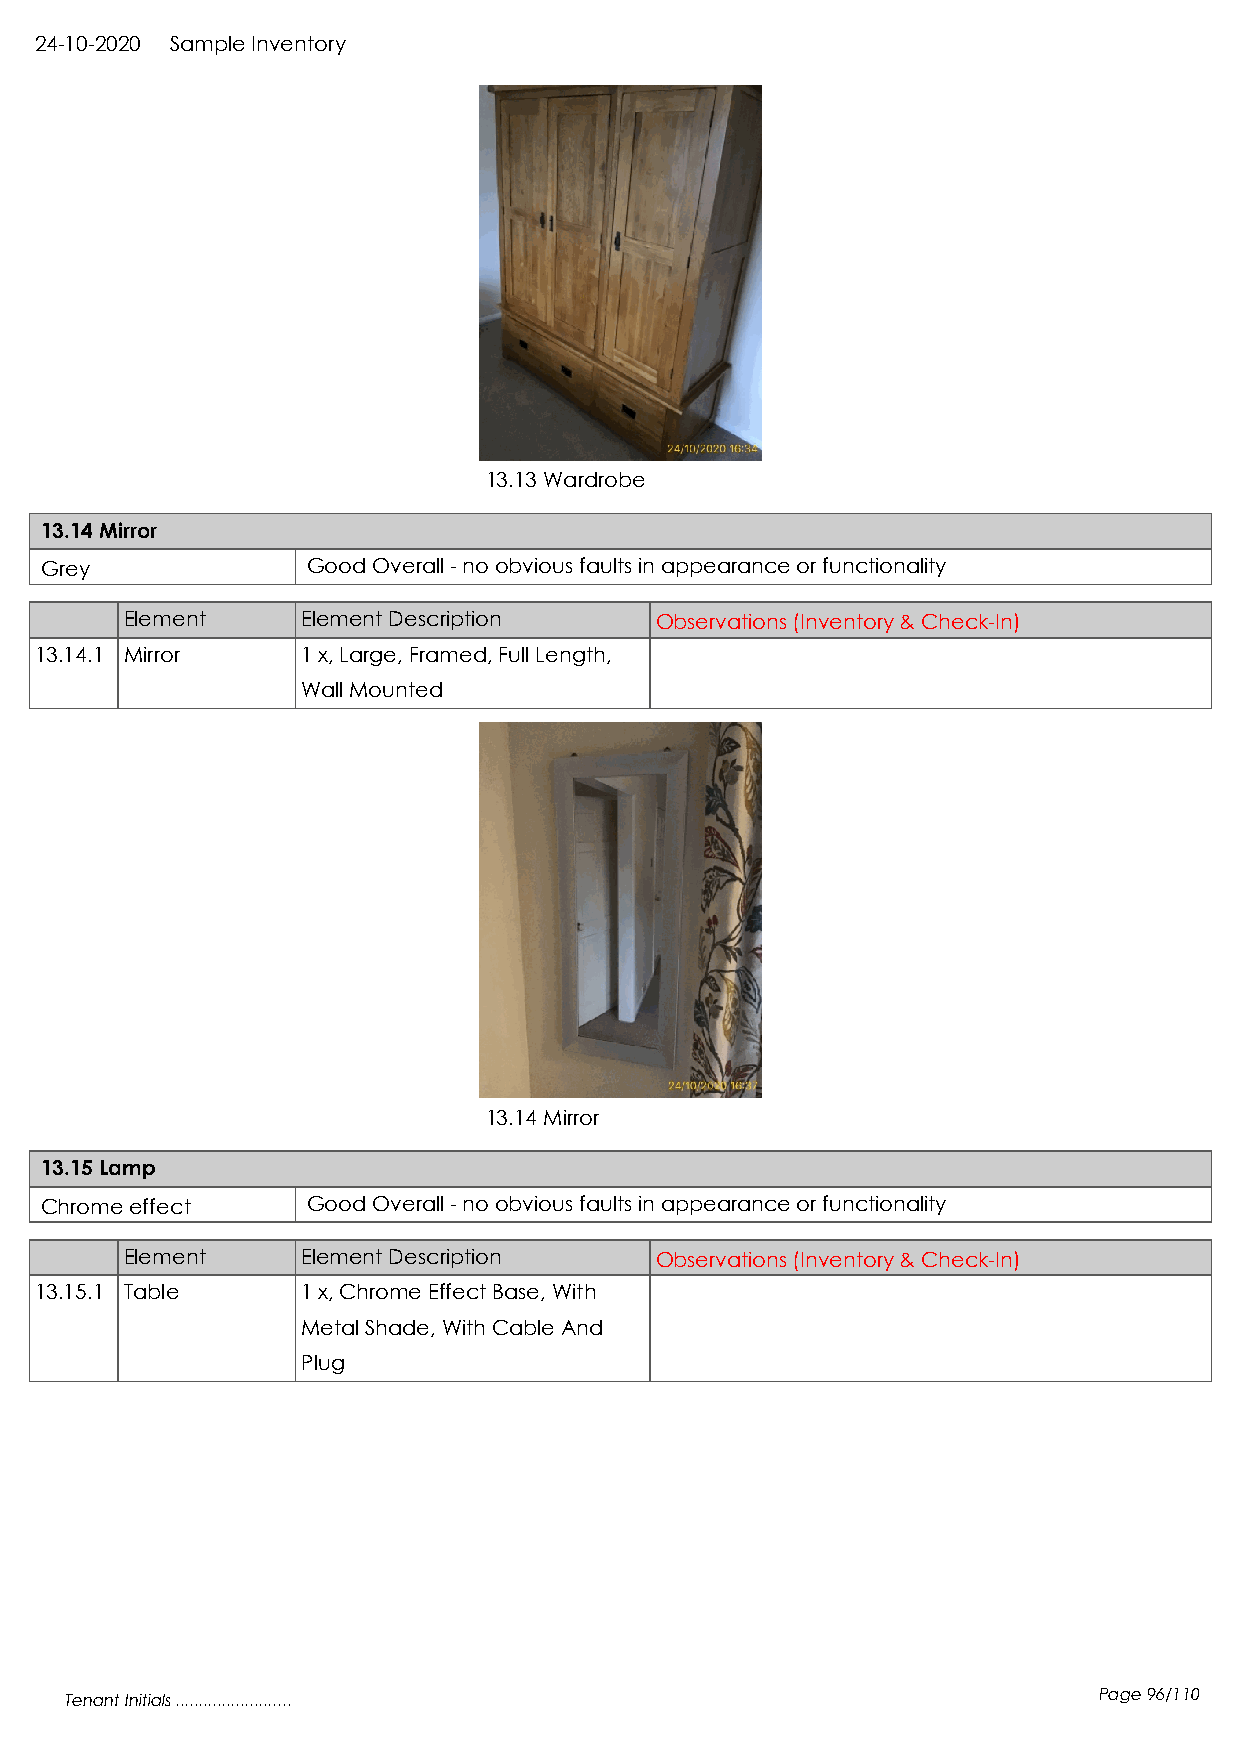
24-10-2020 Sample Inventory
 13.13 Wardrobe
 13.14 Mirror
 Grey             Good Overall - no obvious faults in appearance or functionality
 Element     Element Description    Observations (Inventory & Check-In)
 13.14.1 Mirror    1 x, Large, Framed, Full Length,
 Wall Mounted
 13.14 Mirror
 13.15 Lamp
 Chrome effect    Good Overall - no obvious faults in appearance or functionality
 Element     Element Description    Observations (Inventory & Check-In)
 13.15.1 Table     1 x, Chrome Effect Base, With
 Metal Shade, With Cable And
 Plug
 Tenant Initials .........................                            Page 96/110